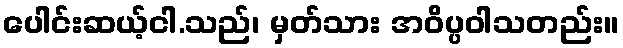
ပေါင်းဆယ့်ငါ.သည်၊ မှတ်သား အဝိပ္ပဝါသတည်း။